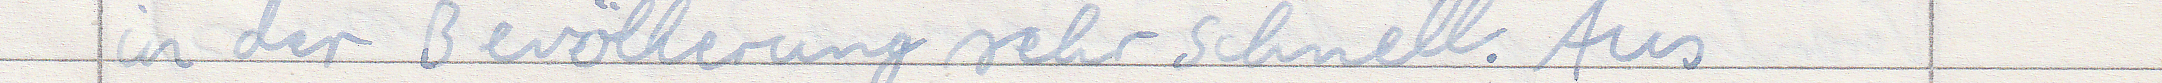
in der Bevölkerung sehr schnell. Aus